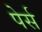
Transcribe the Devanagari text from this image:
पेर्स